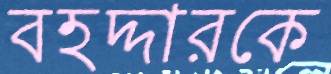
বহদ্দারকে